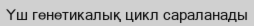
Үш генетикалық цикл сараланады